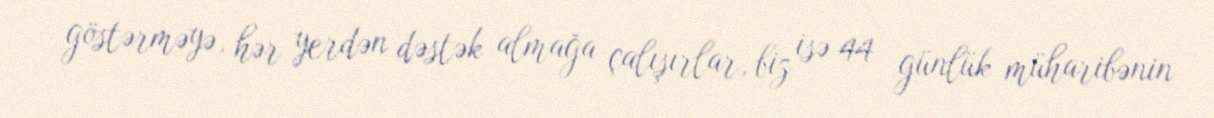
göstərməyə, hər yerdən dəstək almağa çalışırlar, biz isə 44 günlük müharibənin